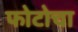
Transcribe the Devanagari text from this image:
फोटोचा